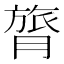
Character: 膂